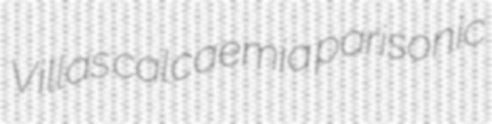
Villas calcaemia parisonic